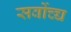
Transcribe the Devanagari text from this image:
सर्वोच्च्च